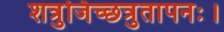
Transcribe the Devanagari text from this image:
शत्रुजिच्छत्रुतापनः।